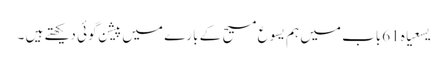
یسعیاہ 61باب میں ہم یسوع مسیح کے بارے میں پیشن گوئی دیکھتے ہیں ۔